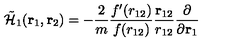
\tilde { \cal H } _ { 1 } ( { \bf r } _ { 1 } , { \bf r } _ { 2 } ) = - \frac { 2 } { m } \frac { f ^ { \prime } ( r _ { 1 2 } ) } { f ( r _ { 1 2 } ) } \frac { { \bf r } _ { 1 2 } } { r _ { 1 2 } } \frac { \partial } { \partial { \bf r } _ { 1 } }